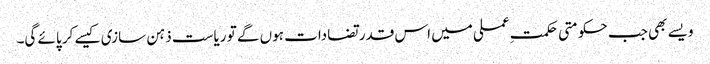
ویسے بھی جب حکومتی حکمتِ عملی میں اس قدر تضادات ہوں گے تو ریاست ذہن سازی کیسے کر پائے گی۔